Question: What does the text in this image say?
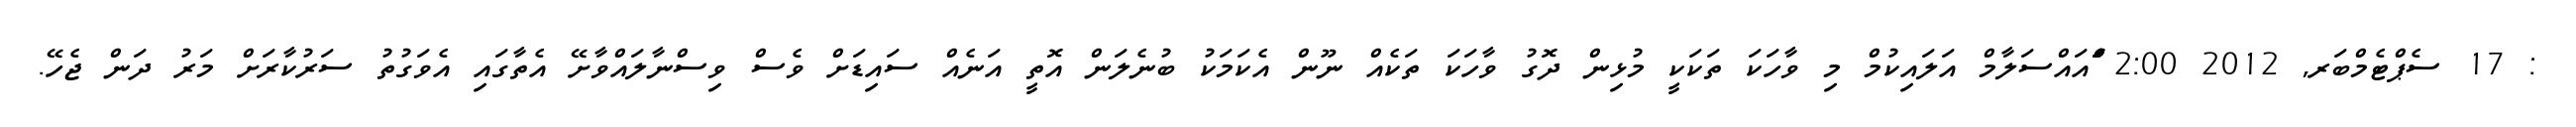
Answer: : 17 ސެޕްޓެމްބަރ, 2012 2:00 ްަަްއައްސަލާމް އަލައިކުމް މި ވާހަކަ ތަކަކީ މުޅިން ދޮގު ވާހަކަ ތަކެއް ނޫން އެކަމަކު ބުނެލަން އޮތީ އަނެއް ސައިޑަށް ވެސް ވިސްނާލައްވާށޭ އެތާގައި އެވަގުތު ސަރުކާރަށް މަރު ދަން ޖެހޭ.